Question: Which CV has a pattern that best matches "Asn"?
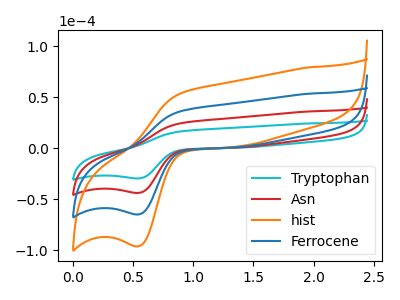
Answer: <think>The cyan curve "Tryptophan" has an anodic peak at (0.90V, 16.70uA) and a cathodic peak at (0.55V, -29.55uA). The red curve "Asn" has an anodic peak at (0.90V, 24.75uA) and a cathodic peak at (0.55V, -43.80uA). The orange curve "hist" has an anodic peak at (0.90V, 74.30uA) and a cathodic peak at (0.55V, -131.45uA). The blue curve "Ferrocene" has an anodic peak at (0.90V, 49.50uA) and a cathodic peak at (0.55V, -87.65uA).
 All the peaks in "Tryptophan" have a peak in "Asn" at the same potential. Every peak in "Tryptophan" is lower than every peak in "Asn". All the peaks in "Tryptophan" have a peak in "hist" at the same potential. Every peak in "Tryptophan" is lower than every peak in "hist". All the peaks in "Tryptophan" have a peak in "Ferrocene" at the same potential. Every peak in "Tryptophan" is lower than every peak in "Ferrocene". All the peaks in "Asn" have a peak in "hist" at the same potential. Every peak in "Asn" is lower than every peak in "hist". All the peaks in "Asn" have a peak in "Ferrocene" at the same potential. Every peak in "Asn" is lower than every peak in "Ferrocene". All the peaks in "hist" have a peak in "Ferrocene" at the same potential. Every peak in "hist" is higher than every peak in "Ferrocene".</think>
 <answer>"Asn", "hist" and "Ferrocene" have a similar shape to "Tryptophan".</answer>
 <eval>"Asn" "hist" "Ferrocene"</eval>